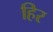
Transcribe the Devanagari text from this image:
हिर